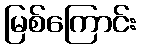
မြစ်ကြောင်း